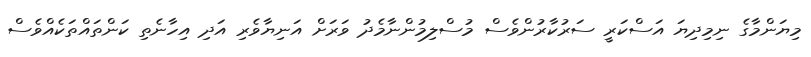
މިޔަންމާގެ ނިމިދިޔަ އަސްކަރީ ސަރުކާރުންވެސް މުސްލިމުންނާމެދު ވަރަށް އަނިޔާވެރި އަދި އިހާނެތި ކަންތައްތަކެއްވެސް